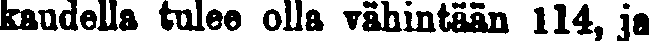
kaudella tulee olla vähintään 114, ja